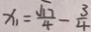
x _ { 1 } = \frac { \sqrt { 1 7 } } { 4 } - \frac { 3 } { 4 }